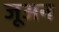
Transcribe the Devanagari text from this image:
जूअन